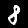
Label: 8